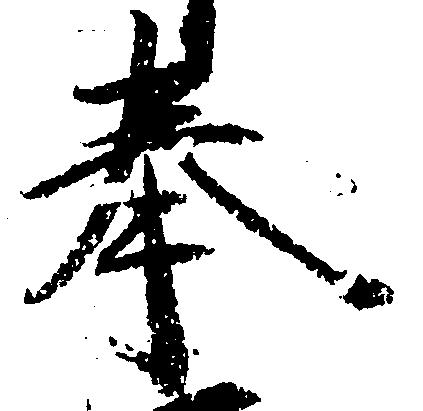
奉